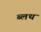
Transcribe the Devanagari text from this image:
ब्लथ